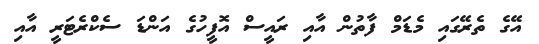
އޭގެ ތެރޭގައި މެޑަމް ފާތުން އާއި ރައީސް އޮފީހުގެ އަންޑަ ސެކްރެޓަރީ އާއި